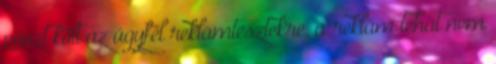
pénzt költ az ügyfél reklámtesztekre, a reklám tehát nem